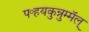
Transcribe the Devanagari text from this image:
प॰हयकुन्नुम्मॅल्